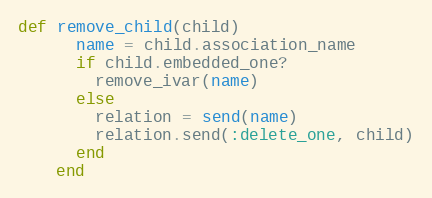
Language: Ruby
def remove_child(child)
      name = child.association_name
      if child.embedded_one?
        remove_ivar(name)
      else
        relation = send(name)
        relation.send(:delete_one, child)
      end
    end